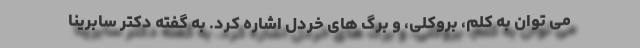
می توان به کلم، بروکلی، و برگ های خردل اشاره کرد. به گفته دکتر سابرینا